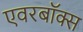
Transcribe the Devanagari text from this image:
एवरबॉक्स